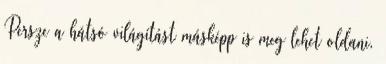
Persze a hátsó világítást másképp is meg lehet oldani,